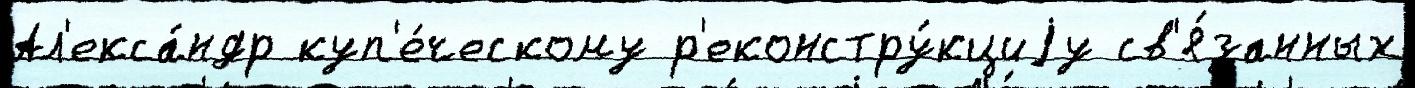
Ал'екса́ндр куп'е́ческому р'еконстру́кциjу св'я́занных